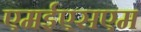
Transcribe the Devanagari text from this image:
एमईएसएम